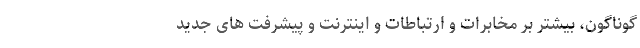
گوناگون‌، بیشتر بر مخابرات و ارتباطات و اینترنت و پیشرفت های جدید